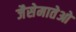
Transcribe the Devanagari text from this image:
जैसेमातेओ